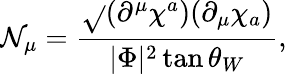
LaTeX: {\cal\mathcal{N}}_{\mu}=\frac{{\sqrt{}{{(\partial^{\mu}\chi^{a})(\partial_{\mu}\chi_{a})}}}}{{|\Phi|^{2}\tan\theta_{W}}},